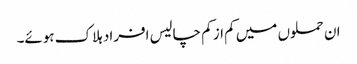
ان حملوں میں کم از کم چالیس افراد ہلاک ہوئے۔